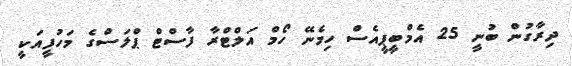
ދިރާގުން ބުނީ 25 އެމްބީޕީއެސް ހިމެނޭ ހޯމް އަލްޓްރާ ފާސްޓް ޕްލަސްގެ މަހުފީއަކީ